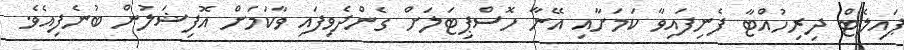
ޕައިލެޓް ދިރިހުއްޓާ ފެނިފައިވާ ކަމަށާއި އޭނާ ހޮސްޕިޓަލަށް ގެންދެވިފައި ވާކަމަށް އޮފިޝަލުން ބުނެފިއެވެ.